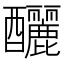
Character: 釃